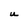
Character: U